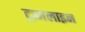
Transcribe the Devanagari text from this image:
ट्रामलाइन